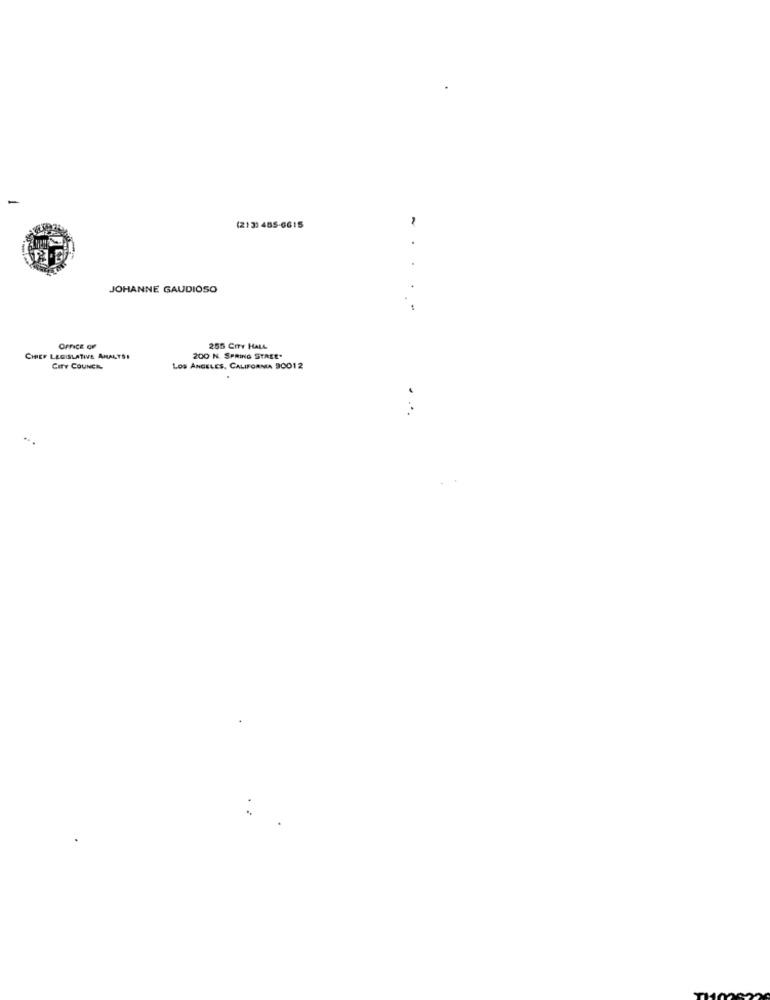
(21 3: 485-6615
. .
JOHANNE GAUDIOSO
OFFICE OF
255 CITY HALL
CHIEF LEGISLATIVE ANALYSE
200 N. SPRING STARE.
CITY COUNER
Los ANGELES, CALIFORNIA 90012
...